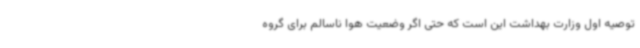
توصیه اول وزارت بهداشت این است که حتی اگر وضعیت هوا ناسالم برای گروه